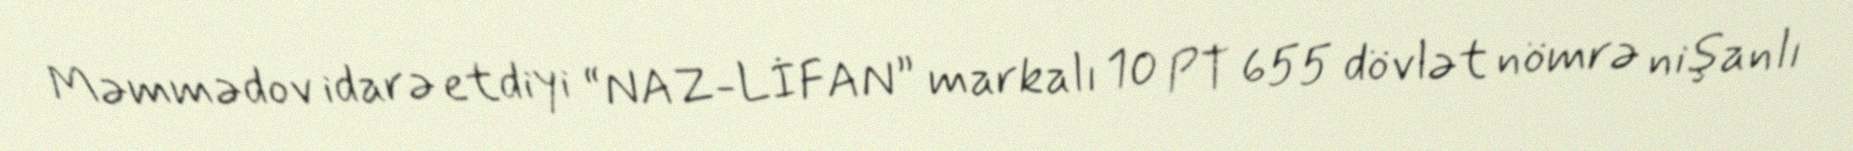
Məmmədov idarə etdiyi “NAZ-LİFAN” markalı 10 PT 655 dövlət nömrə nişanlı